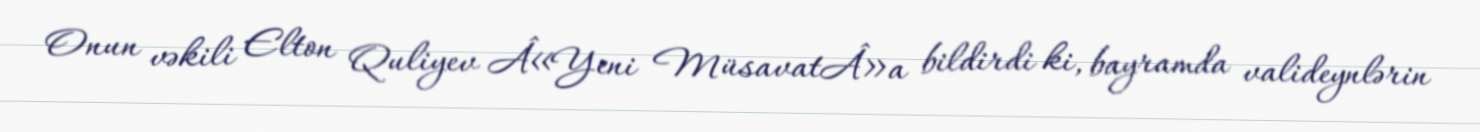
Onun vəkili Elton Quliyev Â«Yeni MüsavatÂ»a bildirdi ki, bayramda valideynlərin